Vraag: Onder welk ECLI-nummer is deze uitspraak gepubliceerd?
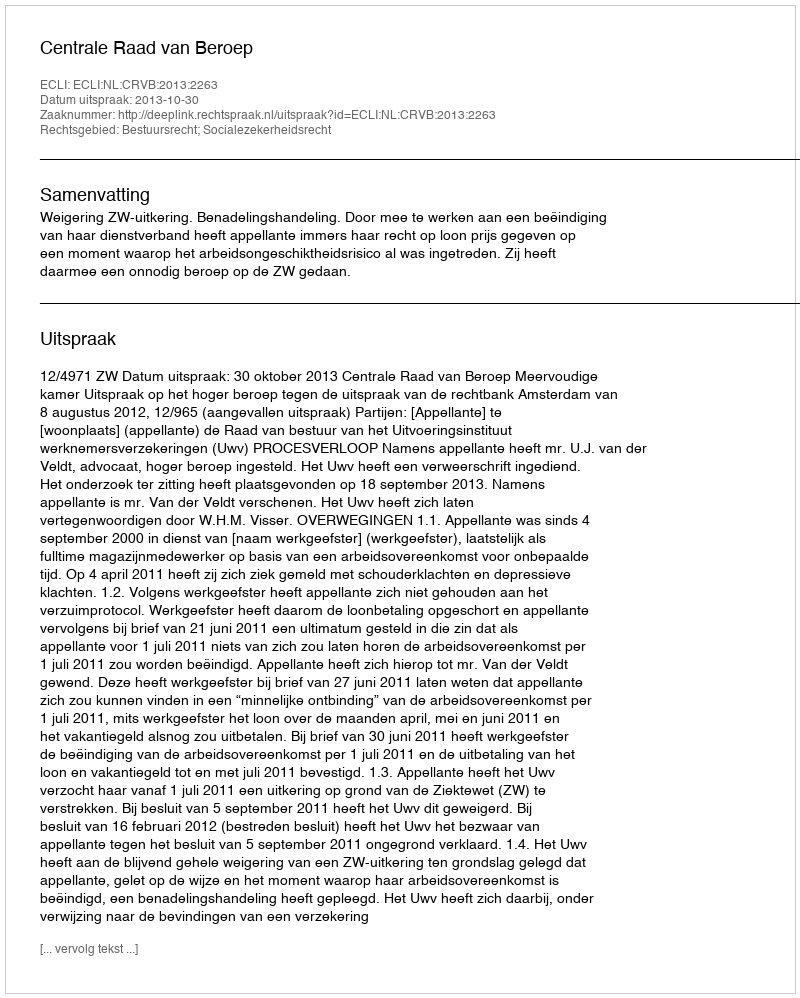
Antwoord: ECLI:NL:CRVB:2013:2263